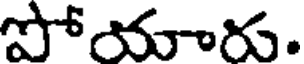
పోయారు.